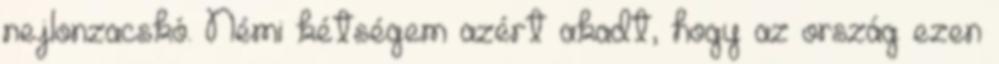
nejlonzacskó. Némi kétségem azért akadt, hogy az ország ezen